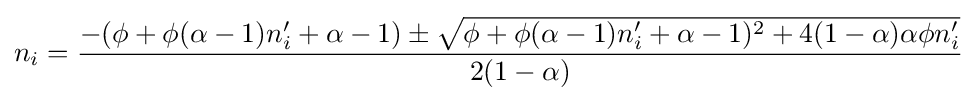
n_{i}={\frac {-(\phi +\phi (\alpha -1)n_{i}'+\alpha -1)\pm {\sqrt {\phi +\phi (\alpha -1)n_{i}'+\alpha -1)^{2}+4(1-\alpha )\alpha \phi n_{i}'}}}{2(1-\alpha )}}